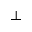
\bot